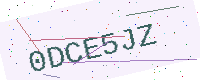
Text: 0DCE5JZ